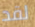
لقد